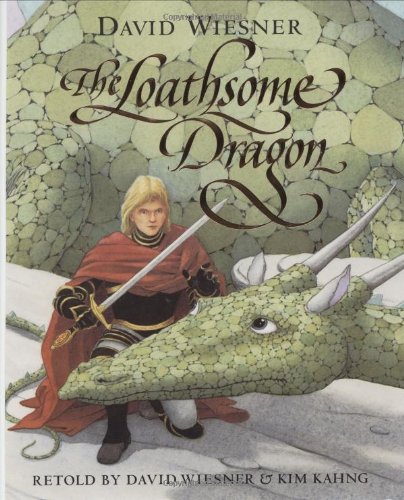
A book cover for The Loathsome Dragon; Children's Books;